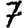
Digit: 7